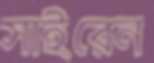
সাইরেন